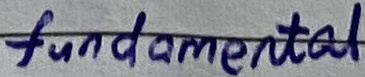
Text: fundamental